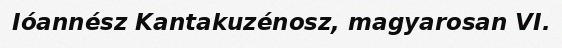
Ióannész Kantakuzénosz, magyarosan VI.